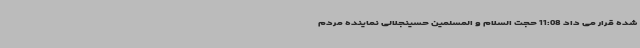
شده قرار می داد 11:08 حجت السلام و المسلمین حسینجلالی نماینده مردم